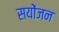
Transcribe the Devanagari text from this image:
सयोंजन